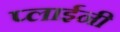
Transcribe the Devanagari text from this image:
प्लाईनी